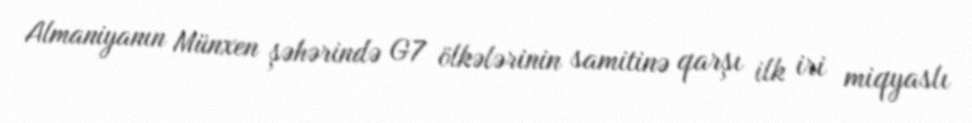
Almaniyanın Münxen şəhərində G7 ölkələrinin samitinə qarşı ilk iri miqyaslı